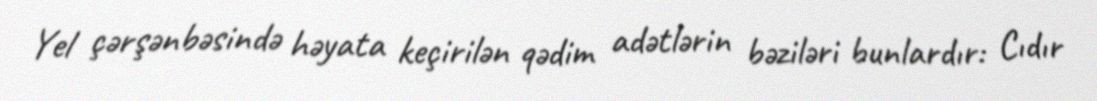
Yel çərşənbəsində həyata keçirilən qədim adətlərin bəziləri bunlardır: Cıdır